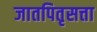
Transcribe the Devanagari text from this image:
जातपितृसत्ता